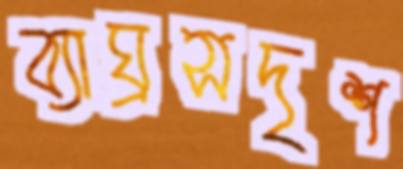
ব্যাঘ্রসদৃশ